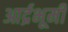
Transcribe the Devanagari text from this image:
आर्द्रभूमी